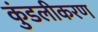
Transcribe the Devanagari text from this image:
कुंडलीकरण